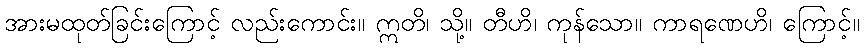
အားမထုတ်ခြင်းကြောင့် လည်းကောင်း။ ဣတိ၊ သို့။ တီဟိ၊ ကုန်သော။ ကာရဏေဟိ၊ ကြောင့်။